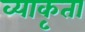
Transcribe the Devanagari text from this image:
व्याकृता